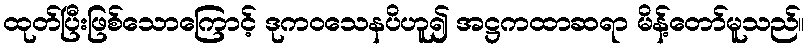
ထုတ်ပြီးဖြစ်သောကြောင့် ဒုကဝသေနပိဟူ၍ အဋ္ဌကထာဆရာ မိန့်တော်မူသည်။